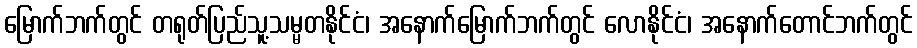
မြောက်ဘက်တွင် တရုတ်ပြည်သူ့သမ္မတနိုင်ငံ၊ အနောက်မြောက်ဘက်တွင် လောနိုင်ငံ၊ အနောက်တောင်ဘက်တွင်